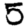
Digit: 5